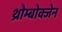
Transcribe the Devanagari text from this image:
थ्रोम्बोक्जेन